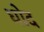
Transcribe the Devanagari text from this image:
घोद